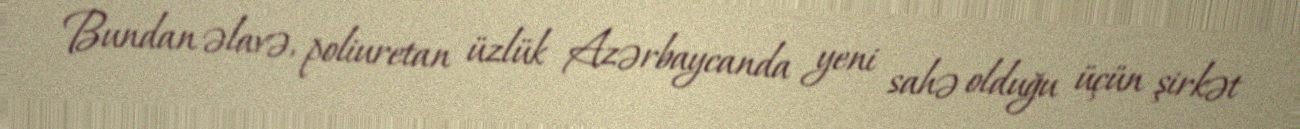
Bundan əlavə, poliuretan üzlük Azərbaycanda yeni sahə olduğu üçün şirkət